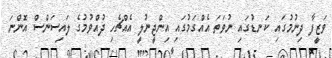
ވަޒީފާ ދިނުމުގައި ކަނޑުގައި ނުވަތަ އެއްގަމުގައި އިންޖީނުލީ އެއްޗެހި ދުއްވުމުގެ ލައިސަންސް އޮންނަ